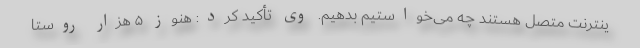
ینترنت متصل هستند چه می‌خواستیم بدهیم. وی تأکید کرد: هنوز ۵ هزار روستا